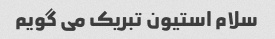
سلام استیون تبریک می گویم